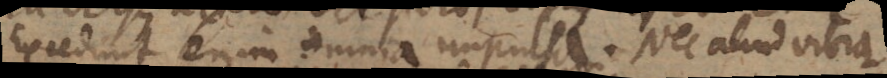
Excedunt enim omnia impulsa. Nec aliud vibra